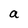
Character: a